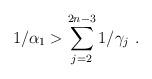
LaTeX: \begin{align*}1/\alpha _1>\sum_{j=2}^{2n-3}1/\gamma _j~.\end{align*}